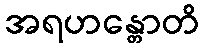
အရဟန္တောတိ